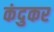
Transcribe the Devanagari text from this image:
कंदुकर